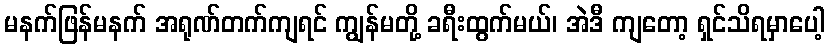
မနက်ဖြန်မနက် အရုဏ်တက်ကျရင် ကျွန်မတို့ ခရီးထွက်မယ်၊ အဲဒီ ကျတော့ ရှင်သိရမှာပေါ့